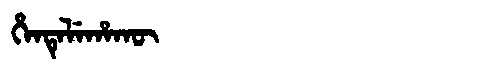
Manchu: ᡥᡝᠨᡨᡝᠯᡝᡥᠠᡴᡡ
Romanization: HENTELEHAKŪ